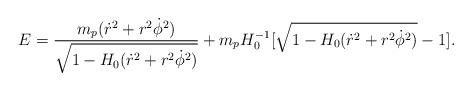
LaTeX: \begin{align*}E=\frac{m_p(\dot{r}^2 +r^2\dot{\phi}^2)}{\sqrt{1-H_0(\dot{r}^2 +r^2\dot{\phi}^2)}}+ m_pH_0^{-1}[\sqrt{1-H_0(\dot{r}^2+r^2\dot{\phi}^2)}-1].\end{align*}